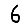
Digit: 6